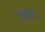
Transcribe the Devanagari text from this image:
रेज़ोनेद्